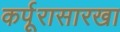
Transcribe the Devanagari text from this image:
कर्पूरासारखा